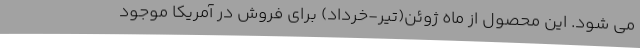
می شود. این محصول از ماه ژوئن(تیر-خرداد) برای فروش در آمریکا موجود